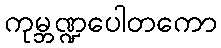
ကုမ္ဘဏ္ဍပေါတကော